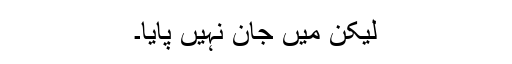
لیکن میں جان نہیں پایا۔